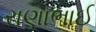
રાણાભાઈ